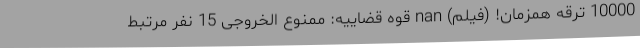
10000 ترقه همزمان! (فیلم) nan قوه قضاییه: ممنوع الخروجی 15 نفر مرتبط